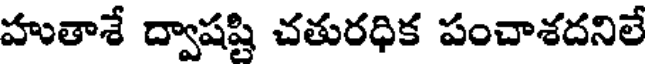
హుతాశే ద్వాషష్టి చతురధిక పంచాశదనిలే